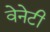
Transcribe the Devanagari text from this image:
वेनेटी